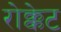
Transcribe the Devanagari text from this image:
रोक्केट